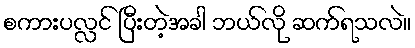
စကားပလ္လင် ပြီးတဲ့အခါ ဘယ်လို ဆက်ရသလဲ။